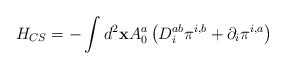
\begin{align*}H_{CS}=-\int d^2{\bf x}A_0^a\left( D_i^{ab}\pi ^{i,b}+\partial _i\pi^{i,a}\right) \end{align*}